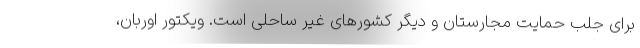
برای جلب حمایت مجارستان و دیگر کشورهای غیر ساحلی است. ویکتور اوربان،